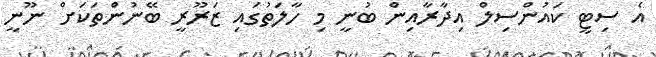
އެ ސިޓީ ކައުންސިލް އިދާރާއިން ބުނީ މި ހާލަތުގައި ޒަރޫރީ ބޭނުންތަކަށް ނޫނީ